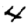
Digit: 4